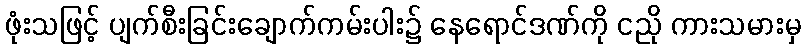
ဖုံးသဖြင့် ပျက်စီးခြင်းချောက်ကမ်းပါး၌ နေရောင်ဒဏ်ကို ငညို ကားသမားမှ